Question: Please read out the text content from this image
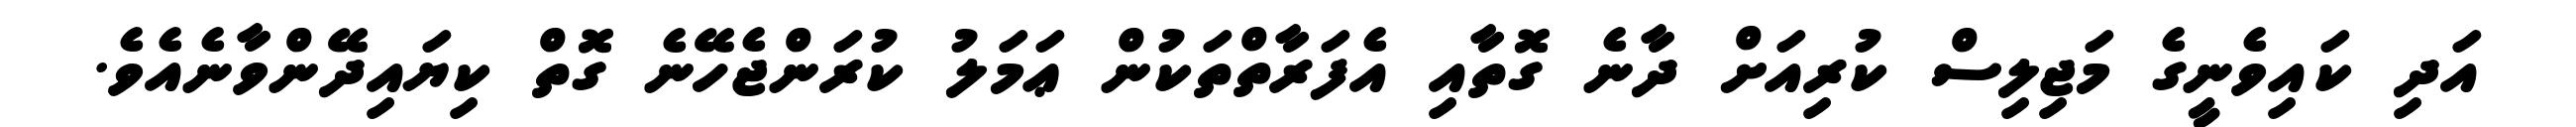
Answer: އަދި ކައިވެނީގެ މަޖިލިސް ކުރިއަށް ދާނެ ގޮތާއި އެފަރާތްތަކުން ޢަމަލު ކުރަންޖެހޭނެ ގޮތް ކިޔައިދޭންވާނެއެވެ.